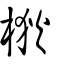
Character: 梑